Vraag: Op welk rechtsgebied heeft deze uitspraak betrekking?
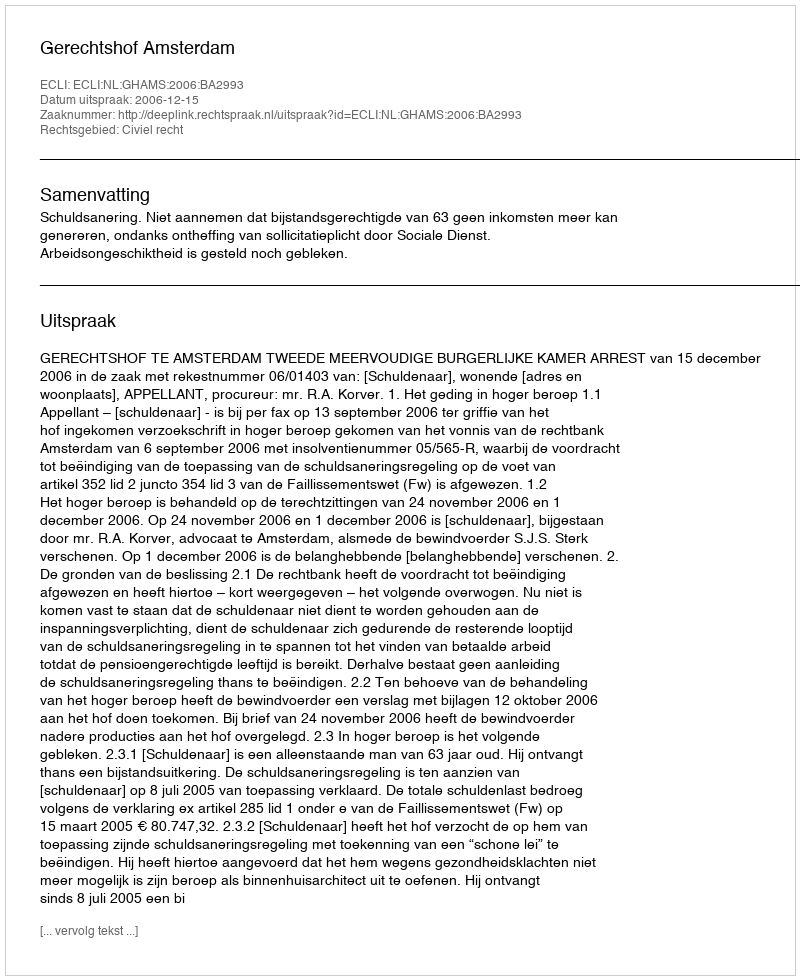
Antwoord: Civiel recht